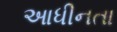
આધીનતા